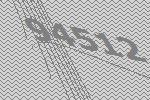
94512